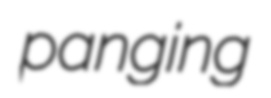
panging